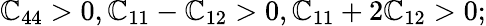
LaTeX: \mathbb{C}_{44}>0,\mathbb{C}_{11}-\mathbb{C}_{12}>0,\mathbb{C}_{11}+2\mathbb{C}_{12}>0;